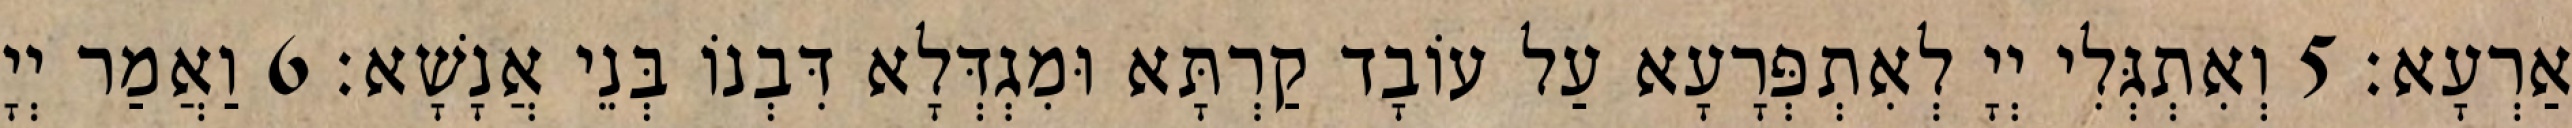
אַרְעָא׃ 5 וְאִתְגְּלִי יְיָ לְאִתְפְּרָעָא עַל עוֹבָד קַרְתָּא וּמִגְדְּלָא דִּבְנוֹ בְּנֵי אֲנָשָׁא׃ 6 וַאֲמַר יְיָ